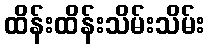
ထိန်းထိန်းသိမ်းသိမ်း